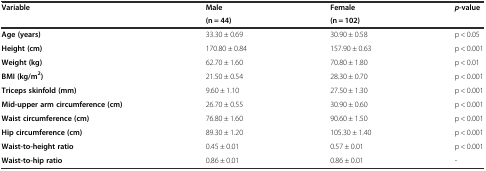
| <ROWSPAN=2> Variable | Male | Female | <ROWSPAN=2> p-value |
 | (n = 44) | (n = 102) |
 | --- | --- | --- | --- |
 | Age (years) | 33.30 ± 0.69 | 30.90 ± 0.58 | p < 0.05 |
 | Height (cm) | 170.80 ± 0.84 | 157.90 ± 0.63 | p < 0.001 |
 | Weight (kg) | 62.70 ± 1.60 | 70.80 ± 1.80 | p < 0.01 |
 | BMI (kg/m2) | 21.50 ± 0.54 | 28.30 ± 0.70 | p < 0.001 |
 | Triceps skinfold (mm) | 9.60 ± 1.10 | 27.50 ± 1.30 | p < 0.001 |
 | Mid-upper arm circumference (cm) | 26.70 ± 0.55 | 30.90 ± 0.60 | p < 0.001 |
 | Waist circumference (cm) | 76.80 ± 1.60 | 90.60 ± 1.50 | p < 0.001 |
 | Hip circumference (cm) | 89.30 ± 1.20 | 105.30 ± 1.40 | p < 0.001 |
 | Waist-to-height ratio | 0.45 ± 0.01 | 0.57 ± 0.01 | p < 0.001 |
 | Waist-to-hip ratio | 0.86 ± 0.01 | 0.86 ± 0.01 | - |